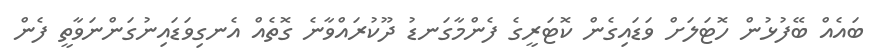
ބައެއް ބޭފުޅުން ހޮޓަލަށް ވަޑައިގެން ކޮޓަރީގެ ފެންމާގަނޑު ދޫކުރައްވާނެ ގޮތެއް އެނގިވަޑައިނުގަންނަވާތީ ފެން